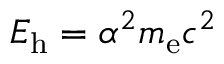
E _ { \mathrm { h } } = \alpha ^ { 2 } m _ { \mathrm { e } } c ^ { 2 }